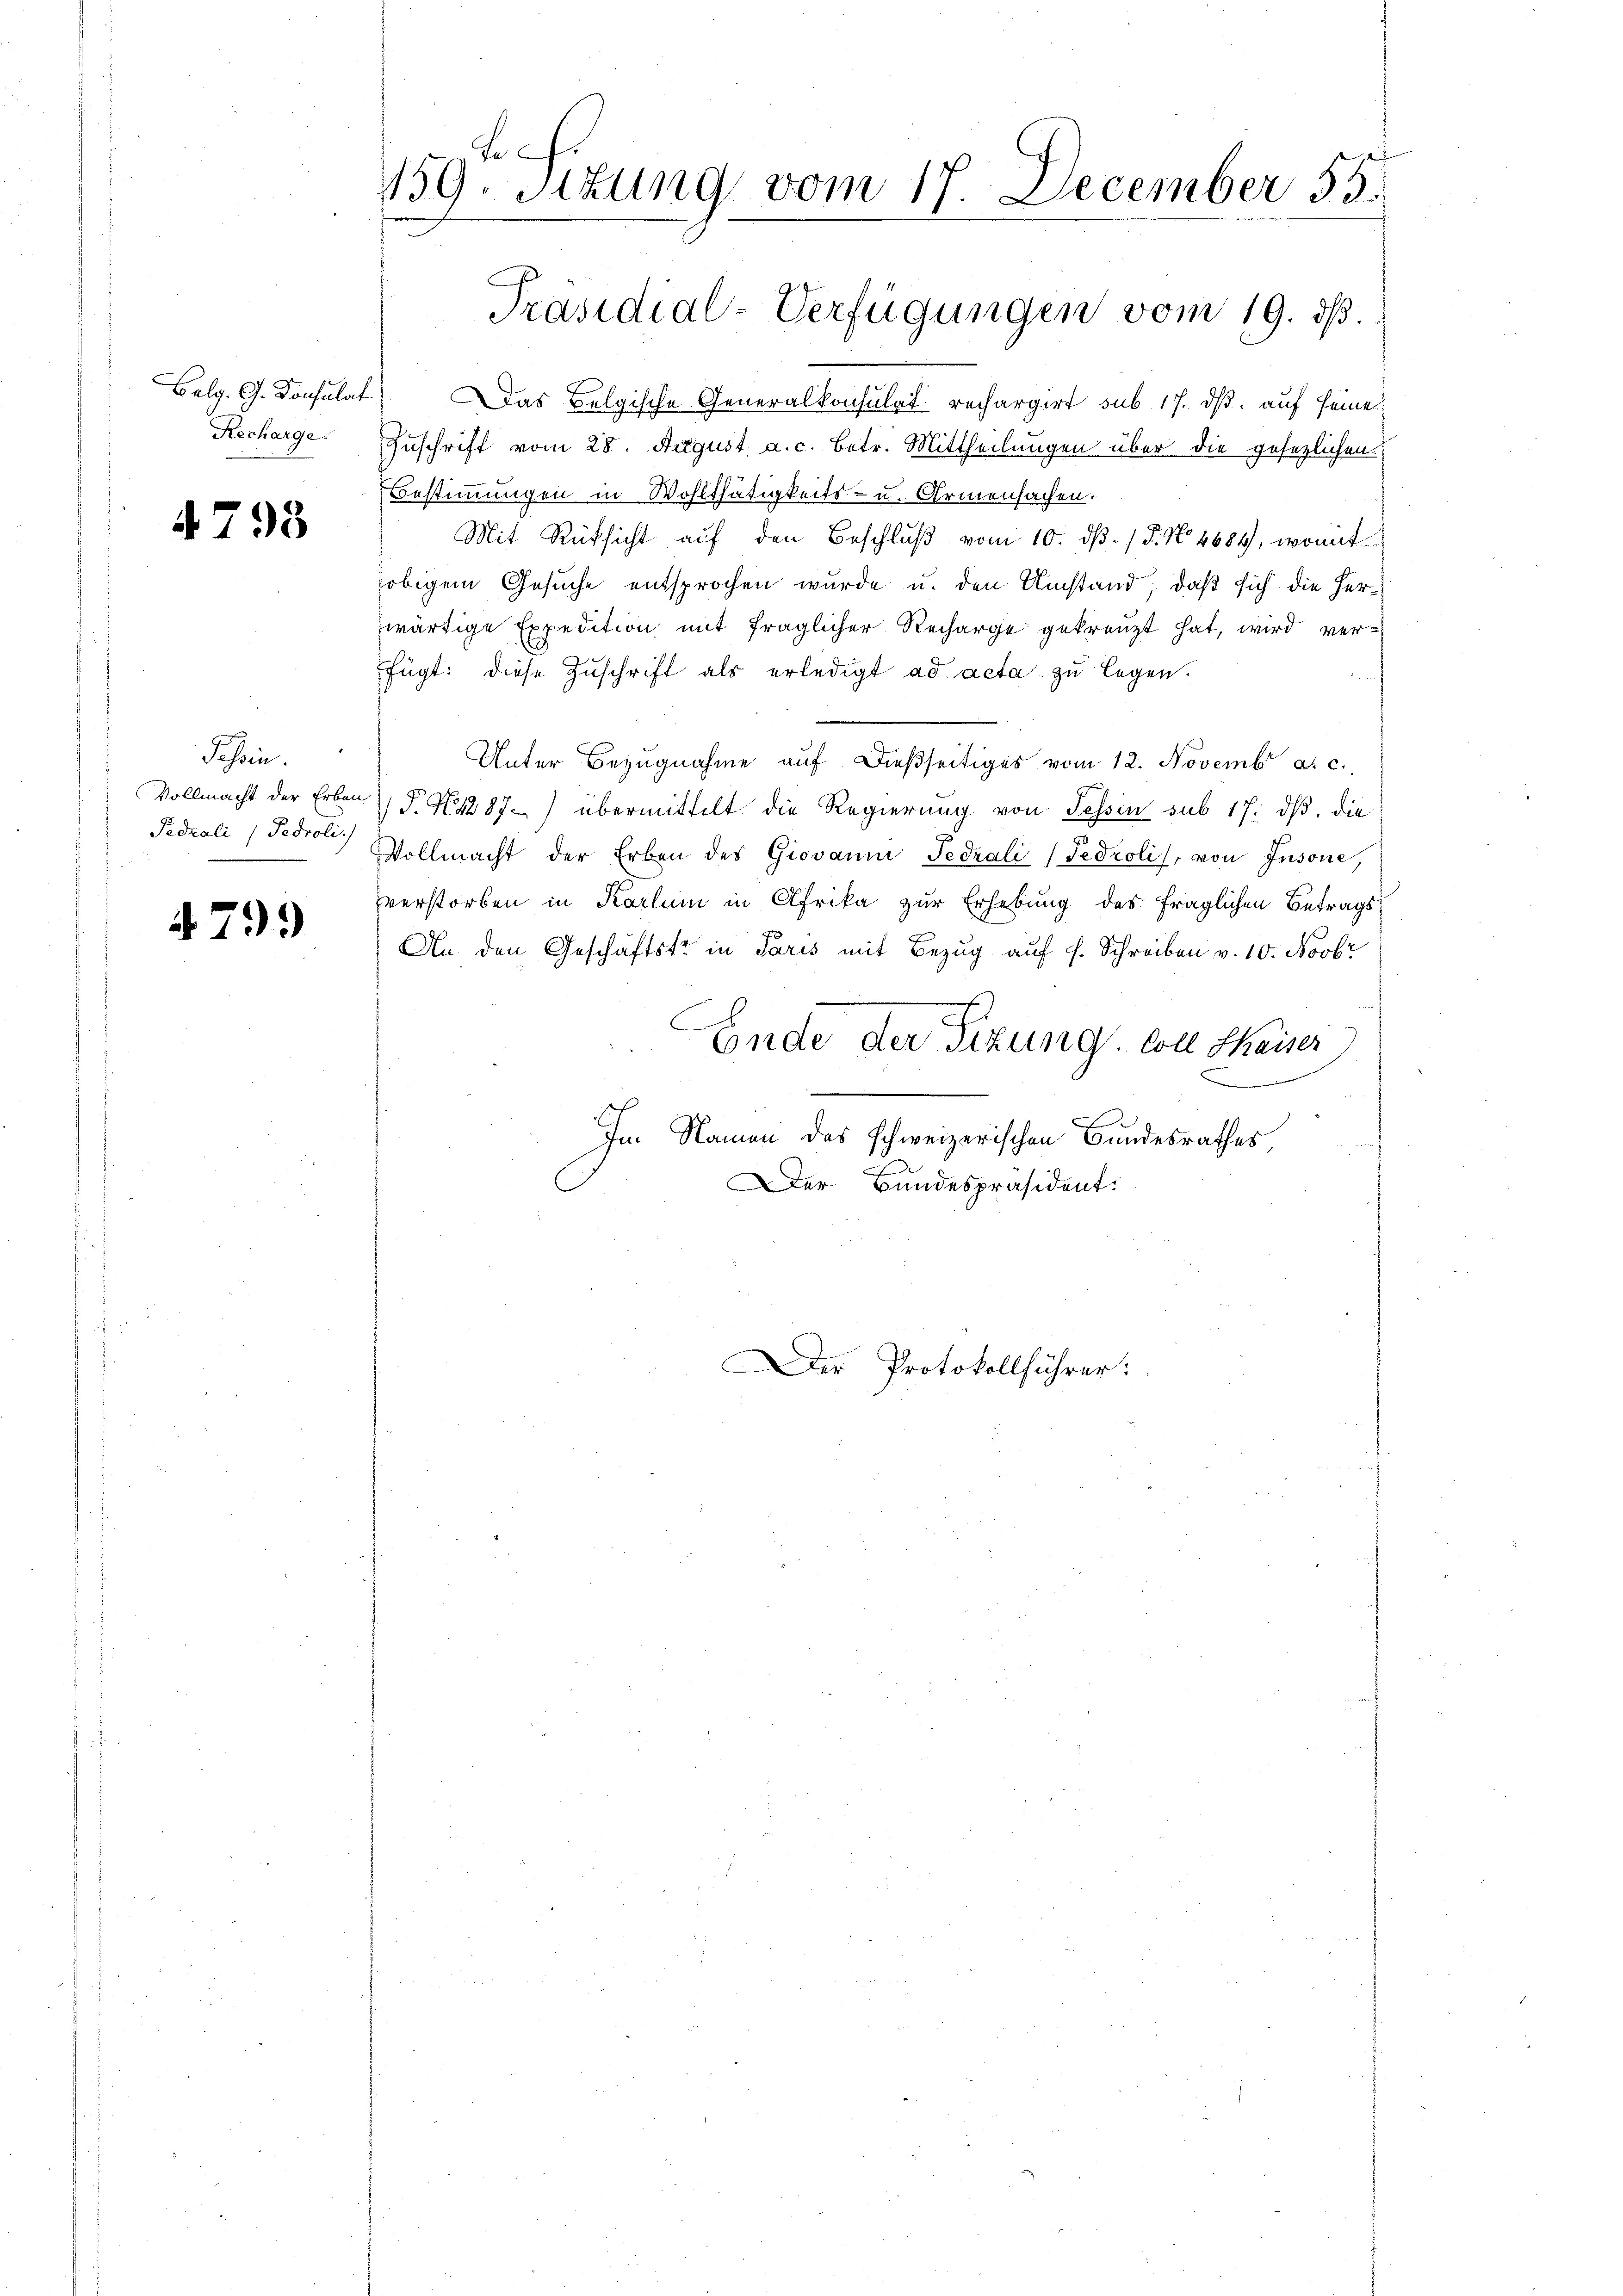
Balg. G. Konsulat
Recharge.

4793

Jahren.
Vollmacht der Erben
Fedrali / Pedroli.)

4799

159. Situng vom 17. December 55.
1

Das Belgische Generalkonsulat rechargirt sub 17. ds. auf seine
Zuschrift vom 28. August a. c. betr. Mittheilungen über die gesezlichen
Bestimmungen in Wohlthätigkeits- u. Armensachen.
Mit Rücksicht auf den Beschluß vom 10. dβ. / 5. No. 4684, womit
obigem Gesuche entsprochen wurde u. den Umstand, daß sich die Herzwärtige Expedition mit fraglicher Recharge gekreuzt hat, wird verfügt: diese Zuschrift als erledigt ad acta zu legen.
Unter Bezugnahme auf dießseitiges vom 12. Novembr a. c.
P. N 1287) übermittelt die Regierung von Tessin sub 17. ds. die
Vollmacht der Erben des Giovanni Fedrali (Fedroli, von Insone,
verstorben in Karlum in Afrika zur Erhebung des fraglichen Betrags¬
An den Geschäftstr in Paris mit Bezug auf s. Schreiben v. 10. Novbr
Ende der Sizung soll thaiser
Im Namen das schweizerischen Bundesrathes
Der Bundespräsident.

Präsidial-Verfügungen vom 19. ds.

er Protokollführer: